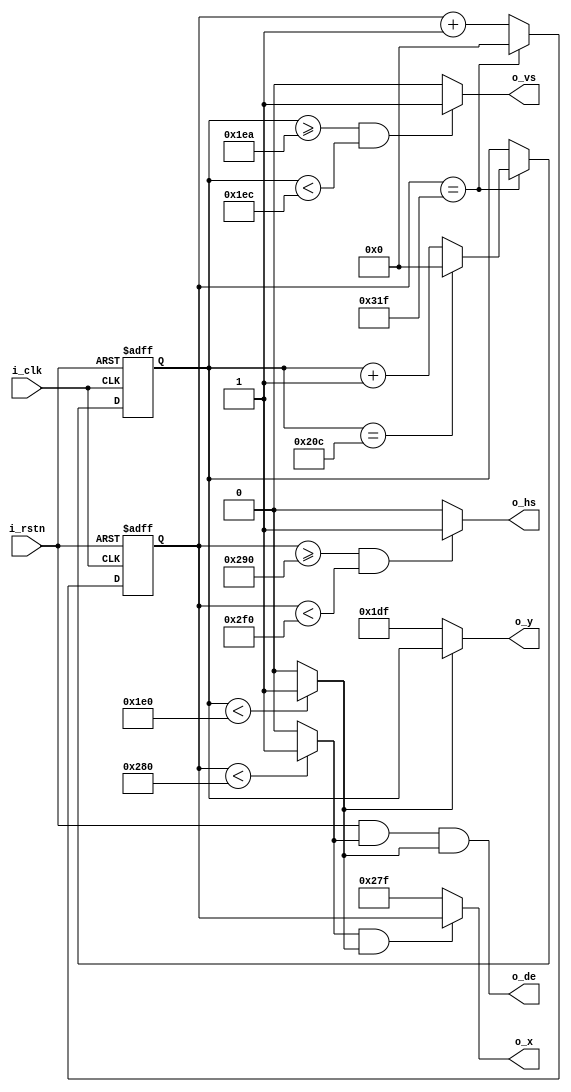
module timing_generator (
    input        i_clk,
    input        i_rstn,
    output       o_de,
    output       o_hs,
    output       o_vs,
    output [10:0] o_x,
    output [10:0] o_y
);
  
  // default timing for vga 640x480 at 60 hz (industry standard)
  parameter HAC = 640; // horizontal active area pixels
  parameter HFP =  16; // horizontal front porch pixels
  parameter HSP =  96; // horizontal sync pulse pixels
  parameter HBP =  48; // horizontal back porch pixels
  parameter VAC = 480; // vertical active area lines
  parameter VFP =  10; // vertical front porch lines
  parameter VSP =   2; // vertical sync pulse lines
  parameter VBP =  33; // vertical back porch lines
  
  // the timing generator generates timing signals according to this diagram
  //  _____________________________
  // |                             |____________________________________...*o_de
  // .                             .          _____________
  // ________________________________________|             |____________....o_hs
  // .                             .         .             .
  // .                             .         .             .                o_vs
  // .                             .         .             .                 :
  // |<------------HAC------------>|<--HFP-->|<----HSP---->|<---HBP--->|  -  |
  // |*****************************|         |             |           |  |  |
  // |*****************************|         |             |           |  |  |
  // |*****************************|         |             |           |  |  |
  // |*****************************|         |             |           |  |  |
  // |******* ACTIVE AREA *********|         |             |           | VAC |
  // |*****************************|         |             |           |  |  |
  // |*****************************|         |             |           |  |  |
  // |*****************************|         |             |           |  |  |
  // |*****************************|         |             |           |  |  |
  // |-----------------------------|---------|-------------|-----------|  -  |
  // |                             |         |             |           |  |  |
  // |                             |         |             |           | VFP |
  // |                             |         |             |           |  |  |
  // |-----------------------------|---------|-------------|-----------|  -  --
  // |                             |         |             |           | VSP   |
  // |-----------------------------|---------|-------------|-----------|  -  --
  // |                             |         |             |           |  |  |
  // |                             |         |             |           | VBP |
  // |                             |         |             |           |  |  |
  // |-----------------------------|---------|-------------|-----------|  -  |
  //
  // *o_de stays low during vertical blanking time (outside of VAC)
  
  // counters for rows and columns
  reg [10:0] r_col_cnt;
  reg [10:0] r_row_cnt;
  
  always @(posedge i_clk, negedge i_rstn) begin
    if (!i_rstn) begin
      // clear counters on reset
      r_col_cnt <= 0;
      r_row_cnt <= 0;
    end else begin
      // increment column counter on each rising edge of the clock
      r_col_cnt <= r_col_cnt + 1;
      if (r_col_cnt == HAC + HFP + HSP + HBP - 1) begin
        // end of line, clear column counter and increment row counter
        r_col_cnt <= 0;
        r_row_cnt <= r_row_cnt + 1;
        if (r_row_cnt == VAC + VFP + VSP + VBP - 1) begin
          // end of frame, clear row counter
          r_row_cnt <= 0;
        end
      end
    end
  end
  
  // generate internal horizontal data enable and vertical data enable
  wire w_hde;
  wire w_vde;
  
  assign w_hde = r_col_cnt < HAC ? 1 : 0;
  assign w_vde = r_row_cnt < VAC ? 1 : 0;
  
  // generate output signals
  assign o_de = i_rstn && w_hde && w_vde;
  assign o_hs = r_col_cnt >= HAC + HFP && r_col_cnt < HAC + HFP + HSP ? 1 : 0;
  assign o_vs = r_row_cnt >= VAC + VFP && r_row_cnt < VAC + VFP + VSP ? 1 : 0;
  
  // output the current column and row counter as x and y in the active area
  assign o_x  = w_hde && w_vde ? r_col_cnt : HAC - 1;
  assign o_y  = w_vde          ? r_row_cnt : VAC - 1;
  
endmodule